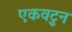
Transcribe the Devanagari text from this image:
एकवटुन